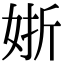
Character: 𡝊